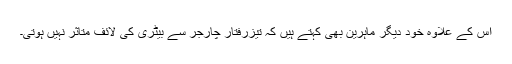
اس کے علاوہ خود دیگر ماہرین بھی کہتے ہیں کہ تیزرفتار چارجر سے بیٹری کی لائف متاثر نہیں ہوتی۔